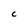
Character: C